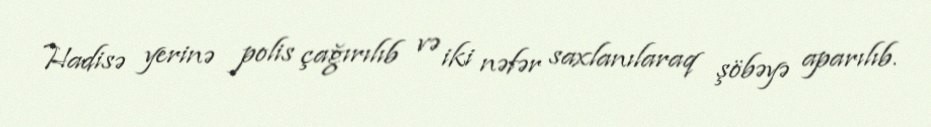
Hadisə yerinə polis çağırılıb və iki nəfər saxlanılaraq şöbəyə aparılıb.